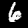
Digit: 6